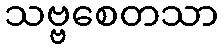
သဗ္ဗစေတသာ